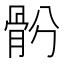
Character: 𩨪